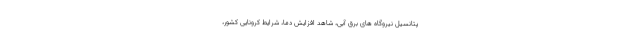
پتانسیل نیروگاه های برق آبی، شاهد افزایش دما، شرایط کرونایی کشور،